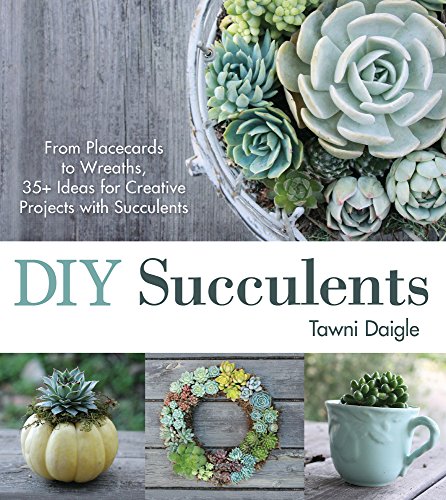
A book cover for DIY Succulents: From Placecards to Wreaths, 35+ Ideas for Creative Projects with Succulents; Tawni Daigle; Crafts, Hobbies & Home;